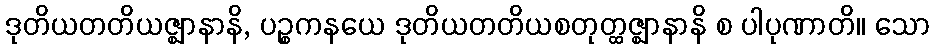
ဒုတိယတတိယဇ္ဈာနာနိ, ပဉ္စကနယေ ဒုတိယတတိယစတုတ္ထဇ္ဈာနာနိ စ ပါပုဏာတိ။ သော